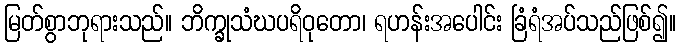
မြတ်စွာဘုရားသည်။ ဘိက္ခုသံဃပရိဝုတော၊ ရဟန်းအပေါင်း ခြံရံအပ်သည်ဖြစ်၍။